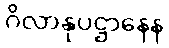
ဂိလာနုပဋ္ဌာနေန